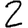
Digit: 2